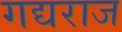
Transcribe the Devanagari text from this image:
गद्यराज